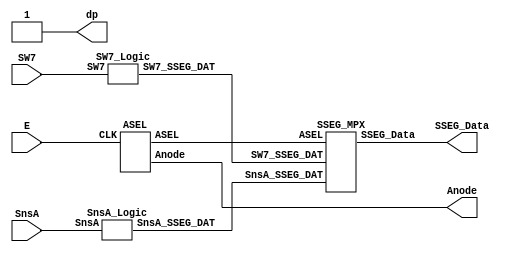
/*-------------------------------------------------------------
    Project Lab 1 - Mini Motor Project
       Program by: Zachary Bonneau
    Creation Date: 09/13/2023
     Program Name: SSEG_Board.v
    SubProgram of: 7 Segment System

    includes:
        T-FF.v
  
    Program Description:
    This program Tests the functionality of the 
    7Segment Display on the Basys board. 
    Control signals are replicated by onboard switches.

    Inputs:
        PWM::TCR.E (E)  (sw2)
        SW7             (sw7)
        SnsA            (sw0)
    
    Outputs:
        Anode1
        Anode2
        SSEG_Data [6:0]
        
        Anode3/4 are configured only so that they are set off at all times

    Internal Signals
        ASEL - multiplexing control and anode selection bit
        SW7_SSEG_DAT  - SSEG config for Digit 1
        SnsA_SSEG_DAT - SSEG config for Digit 2
*/

module SSEG_Block(SSEG_Data, Anode, dp, SW7, E, SnsA);
    // SSEG_Block connects inputs, outputs, and internal signals 
    // within the 7 Segment Block. See 7 Segment Block Diagram for details

    input SnsA, E, SW7;
    output [3:0] Anode;
    output dp;
    output [6:0] SSEG_Data;

    wire ASEL;
    wire [6:0] SW7_SSEG_DAT;
    wire [6:0] SnsA_SSEG_DAT;
    
    assign dp = 1;

    ASEL FF0(ASEL, Anode, E);
    SW7_Logic L0(SW7_SSEG_DAT,    SW7);
    SnsA_Logic L1(SnsA_SSEG_DAT, SnsA);
    SSEG_MPX MPX0(SSEG_Data, SW7_SSEG_DAT, SnsA_SSEG_DAT, ASEL);

endmodule

module TFF_POS(T, CLK);
    // positive edge TFF - Copied from T-FF.v
    input CLK;
    output reg T = 0;

    always@(posedge CLK) begin
        // flip T on rising edge
        T = ~T;
    end
endmodule

module ASEL(ASEL, Anode, CLK);
    // ASEL contains a pos-edge T-FF that sets 
    // which anode/SSEG configuration to use
    
    // Anode converted to 4 bit output to set 2/3 off
    input CLK;
    output [3:0] Anode;
    output ASEL;

    TFF_POS FF0(ASEL, CLK);
    //assign ASEL = CLK;

    assign Anode[0] =  ASEL;
    assign Anode[1] = ~ASEL;
    assign Anode[2] = 1;
    assign Anode[3] = 1;
endmodule

module SW7_Logic(SW7_SSEG_DAT, SW7);
    // SW7_Logic reads SW7 and sends SSEG 
    // configuration to SSEG_MPX
    // SW7_SSEG_DAT[0] = a, [6] = g
    input SW7;
    output [6:0] SW7_SSEG_DAT;

    assign SW7_SSEG_DAT[0] = SW7;
    assign SW7_SSEG_DAT[1] = 1;
    assign SW7_SSEG_DAT[2] = ~SW7;
    assign SW7_SSEG_DAT[3] = ~SW7;
    assign SW7_SSEG_DAT[4] = 0;
    assign SW7_SSEG_DAT[5] = 0;
    assign SW7_SSEG_DAT[6] = 0;
endmodule

module SnsA_Logic(SnsA_SSEG_DAT, SnsA);
    // SnsA_Logic reads SnsA and sends SSEG 
    // configuration to SSEG_MPX
    // SnsA_SSEG_DAT[0] = a, [6] = g
    input SnsA;
    output [6:0] SnsA_SSEG_DAT;

    assign SnsA_SSEG_DAT[0] = 1;
    assign SnsA_SSEG_DAT[1] = 1;
    assign SnsA_SSEG_DAT[2] = ~SnsA;
    assign SnsA_SSEG_DAT[3] = ~SnsA;
    assign SnsA_SSEG_DAT[4] = ~SnsA;
    assign SnsA_SSEG_DAT[5] = 1;
    assign SnsA_SSEG_DAT[6] = ~SnsA;
endmodule

module SSEG_MPX(SSEG_Data, SW7_SSEG_DAT, SnsA_SSEG_DAT, ASEL);
    // SSEG_MPX is a simple multiplexer that selects 
    // which SSEG configuration to send
    input [6:0] SW7_SSEG_DAT;
    input [6:0] SnsA_SSEG_DAT;
    input ASEL;

    output [6:0] SSEG_Data;

    assign SSEG_Data[0] = ~ASEL & SW7_SSEG_DAT[0] | ASEL & SnsA_SSEG_DAT[0];
    assign SSEG_Data[1] = ~ASEL & SW7_SSEG_DAT[1] | ASEL & SnsA_SSEG_DAT[1];
    assign SSEG_Data[2] = ~ASEL & SW7_SSEG_DAT[2] | ASEL & SnsA_SSEG_DAT[2];
    assign SSEG_Data[3] = ~ASEL & SW7_SSEG_DAT[3] | ASEL & SnsA_SSEG_DAT[3];
    assign SSEG_Data[4] = ~ASEL & SW7_SSEG_DAT[4] | ASEL & SnsA_SSEG_DAT[4];
    assign SSEG_Data[5] = ~ASEL & SW7_SSEG_DAT[5] | ASEL & SnsA_SSEG_DAT[5];
    assign SSEG_Data[6] = ~ASEL & SW7_SSEG_DAT[6] | ASEL & SnsA_SSEG_DAT[6];
endmodule